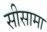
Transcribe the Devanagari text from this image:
सीसामा